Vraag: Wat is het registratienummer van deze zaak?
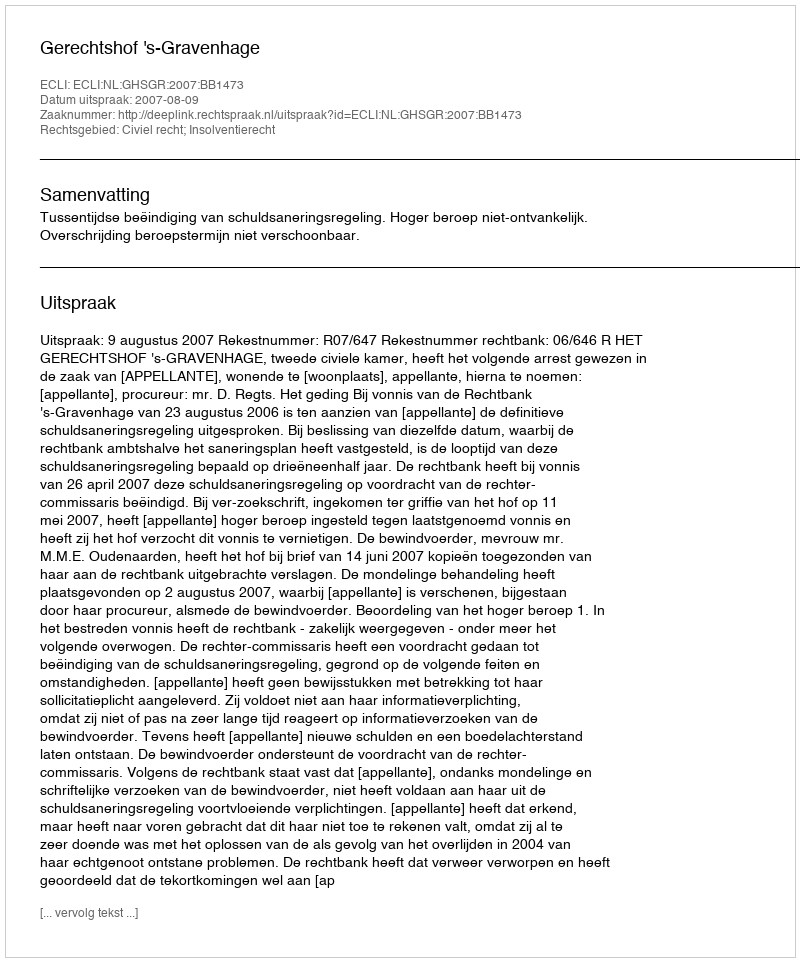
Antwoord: http://deeplink.rechtspraak.nl/uitspraak?id=ECLI:NL:GHSGR:2007:BB1473